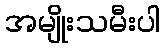
အမျိုးသမီးပါ